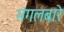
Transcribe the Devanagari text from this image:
मंगलबारे